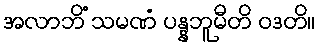
အလာဘိံ သမဏံ ပန္နဘူမီတိ ဝဒတိ။